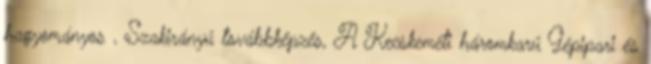
hagyományos , Szakirányú továbbképzés, A Kecskeméti háromkarú Gépipari és